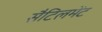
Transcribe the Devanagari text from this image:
सैटिलमेंट